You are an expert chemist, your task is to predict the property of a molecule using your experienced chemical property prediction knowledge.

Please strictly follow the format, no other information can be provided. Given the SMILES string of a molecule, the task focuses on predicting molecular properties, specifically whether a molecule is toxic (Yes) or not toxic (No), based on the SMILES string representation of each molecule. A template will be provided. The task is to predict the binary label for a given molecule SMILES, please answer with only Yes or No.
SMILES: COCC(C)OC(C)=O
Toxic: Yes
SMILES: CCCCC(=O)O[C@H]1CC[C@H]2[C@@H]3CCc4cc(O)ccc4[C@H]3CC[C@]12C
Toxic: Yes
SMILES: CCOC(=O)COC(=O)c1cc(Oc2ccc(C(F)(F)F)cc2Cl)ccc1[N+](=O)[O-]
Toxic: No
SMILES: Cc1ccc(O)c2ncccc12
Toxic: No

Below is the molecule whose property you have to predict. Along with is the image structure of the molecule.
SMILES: CCCCC(CC)COP(=O)(O)O
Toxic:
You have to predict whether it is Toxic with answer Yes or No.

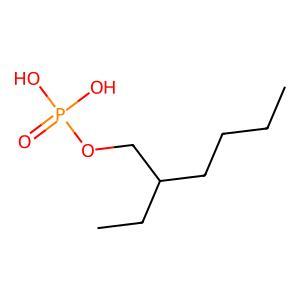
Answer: No